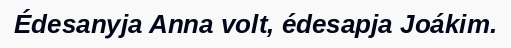
Édesanyja Anna volt, édesapja Joákim.